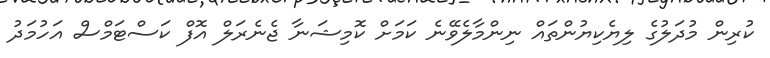
ކުރިން މުދަލުގެ ލިޔެކިޔުންތައް ނިންމާލެވޭނެ ކަމަށް ކޮމިޝަނާ ޖެނެރަލް އޮފް ކަސްޓަމްސް އަހުމަދު